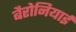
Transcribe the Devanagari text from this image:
बैरोनियाई